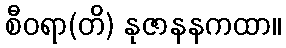
စီဝရာ(တိ) နုဇာနနကထာ။